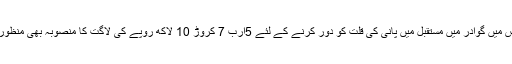
اجلاس میں گوادر میں مستقبل میں پانی کی قلت کو دور کرنے کے لئے 5ارب 7 کروڑ 10 لاکھ روپے کی لاگت کا منصوبہ بھی منظور کیا۔